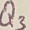
Text: Q3